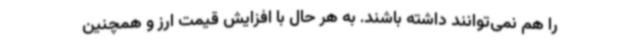
را هم نمی‌توانند داشته باشند. به هر حال با افزایش قیمت ارز و همچنین